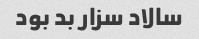
سالاد سزار بد بود